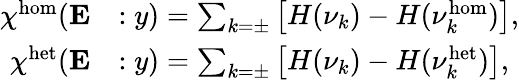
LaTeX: \begin{array}{rl}{\chi^{\mathrm{hom}}(\mathbf{E}}&{:y)=\sum_{k=\pm}\left[H(\nu_{k})-H(\nu_{k}^{\mathrm{hom}})\right],}\\ {\chi^{\mathrm{het}}(\mathbf{E}}&{:y)=\sum_{k=\pm}\left[H(\nu_{k})-H(\nu_{k}^{\mathrm{het}})\right],}\end{array}